Annual vaccination report of Bihar and Orissa - 1911-1928
Year: 1911
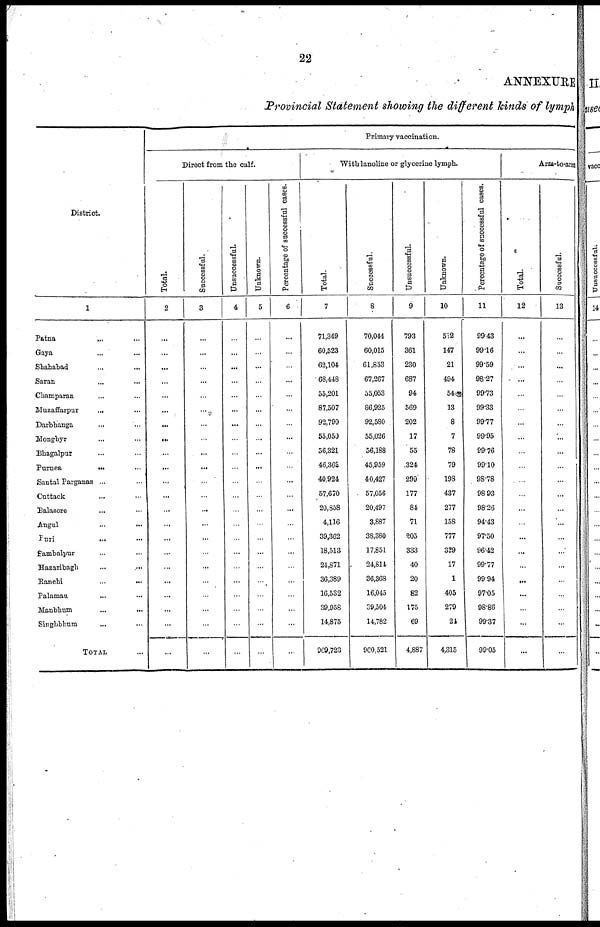
22
ANNEXURE
Provincial Statement showing the different kinds of lymph
District.
1
Patna... ... ...
Gaya... ... ...
Shahabad... ... ...
Saran... ... ...
Champaran... ...
Muzaffarpur... ... ...
Darbhanga... ... ...
Monghyr... ... ...
Bhagalpur... ... ...
Purnea...
...
Santal Parganas... ...
Cuttack... ...
Balasore... ...
Angul... ...
Puri...
...
...
Sambalpur... ...
Hazaribagh... ...
Ranchi...
...
Palamau... ...
Manbhum...
...
Singhbhum... ...
TOTAL... ...
Primary vaccination.
Direct from the calf.
Total.
2
...
...
...
...
...
...
...
...
...
...
...
...
...
...
...
...
...
...
...
...
...
...
Successful.
3
...
...
...
...
...
...
...
...
...
...
...
...
...
...
...
...
...
...
...
...
...
...
Unsuccessful.
4
...
...
...
...
...
...
...
...
...
...
...
...
...
...
...
...
...
...
...
...
...
...
Unknown.
5
...
...
...
...
...
...
...
...
...
...
...
...
...
...
...
...
...
...
...
...
...
...
Percentage of successful cases.
6
...
...
...
...
...
...
...
...
...
...
...
...
...
...
...
...
...
...
...
...
...
...
With lanoline or glycerine lymph.
Total.
7
71,349
60,523
62,104
68,448
55,201
87,507
92,790
55,050
56,321
46,362
40,924
57,670
20,858
4,116
39,362
18,513
24,871
36,389
16,532
39,958
14,875
969,723
Successful.
8
70,044
60,015
61,853
67,267
55,053
86,925
92,580
55,026
56,188
45,959
40,427
57,056
20,497
3,887
38,380
17,851
24,814
36,368
16,045
39,504
14,782
960,521
Unsuccessful.
9
793
361
230
687
94
569
202
17
55
324
299
177
84
71
205
333
40
20
82
175
69
4,887
Unknown.
10
512
147
21
494
54
13
8
7
78
79
198
437
277
158
777
329
17
1
405
279
21
4,315
Percentage of successful cases.
11
99.43
99.16
99.59
98.27
99.73
99.33
99.77
99.95
99.76
99.10
98.78
98.93
98.26
94.43
97.50
96.42
99.77
99.94
97.05
98.86
99.37
99.05
Arm-to-arm
Total.
12
...
...
...
...
...
...
...
...
...
...
...
...
...
...
...
...
...
...
...
...
...
...
Successful.
13
...
...
...
...
...
...
...
...
...
...
...
...
...
...
...
...
...
...
...
...
...
...